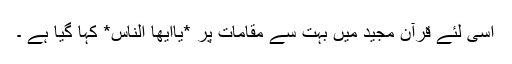
اسی لئے قرآن مجید میں بہت سے مقامات پر *یاایھا الناس* کہا گیا ہے ۔